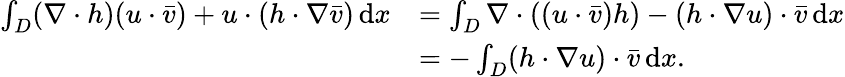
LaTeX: \begin{array}{rl}{\int_{D}(\nabla\cdot h)(u\cdot\bar{v})+u\cdot(h\cdot\nabla\bar{v})\, \mathrm{d}x}&{=\int_{D}\nabla\cdot((u\cdot\bar{v})h)-(h\cdot\nabla u)\cdot\bar{v}\, \mathrm{d}x}\\ &{=-\int_{D}(h\cdot\nabla u)\cdot\bar{v}\, \mathrm{d}x.}\end{array}